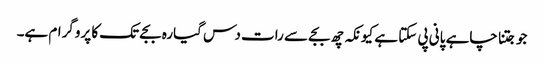
جو جتنا چاہے پانی پی سکتا ہے کیونکہ چھ بجے سے رات دس گیارہ بجے تک کا پروگرام ہے۔